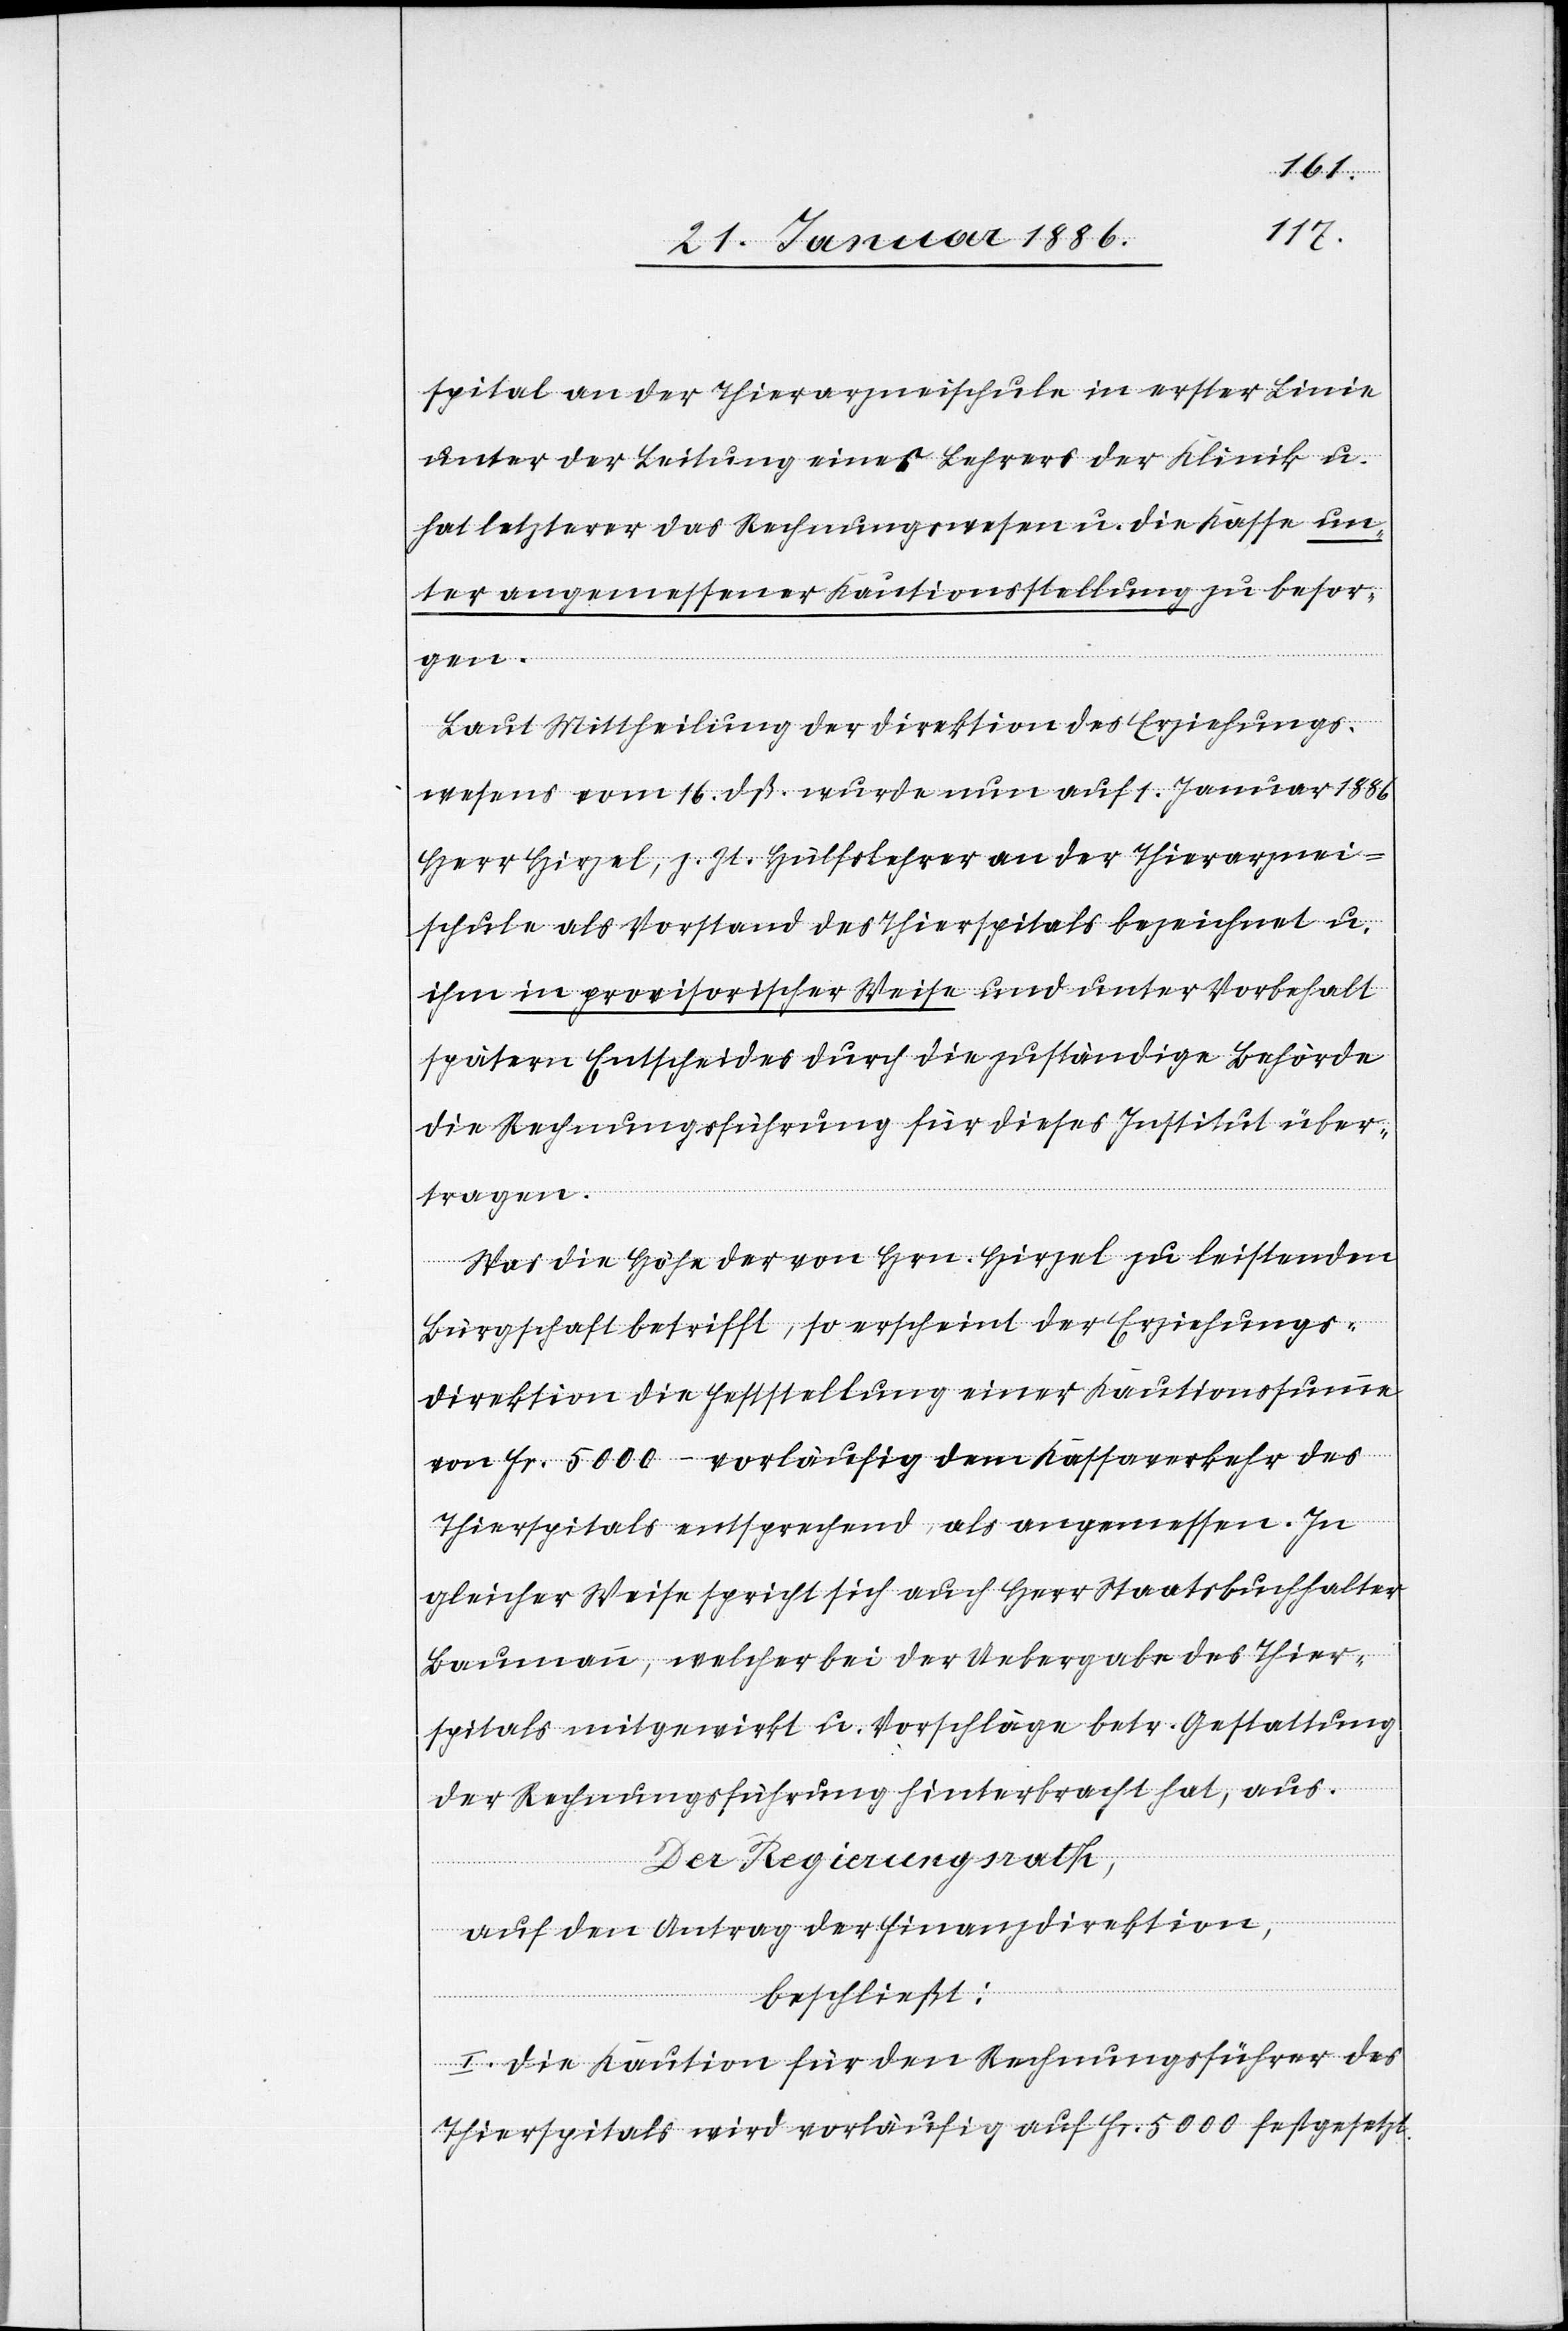
spital an der Thierarzneischule in erster Linie
unter der Leitung eines Lehrers der Klinik u.
hat letzterer das Rechnungswesen u. die Kasse un¬
ter angemessener Kautionsstellung zu besor¬
gen.
Laut Mittheilung der Direktion des Erziehungs¬
wesens vom 16. dß. wurde nun auf 1. Januar 1886
Herr Hirzel, z. Zt. Hülfslehrer an der Thierarznei¬
schule als Vorstand des Thierspitals bezeichnet u.
ihm in provisorischer Weise und unter Vorbehalt
spätern Entscheides durch die zuständige Behörde
die Rechnungsführung für dieses Institut über¬
tragen.
War die Höhe der von Hrn. Hirzel zu leistende
Bürgschaft betrifft, so erscheint der Erziehungs¬
direktion die Feststellung einer Kautionssumme
von Fr. 5000.– vorläufig dem Kassenverkehr des
Thierspitals entsprechend als angemessen. In
gleicher Weise spricht sich auch Herr Staatsbuchhalter
Baumann, welcher bei der Uebergabe des Thier¬
spitals mitgewirkt u. Vorschläge betr. Gestattung
der Rechnungsführung hinterbracht hat, aus.
Der Regierungsrath,
auf den Antrag der Finanzdirektion,
beschließt:
I. Die Kaution für den Rechnungsführer des
Thierspitals wird vorläufig auf Fr. 5000 festgesetzt.